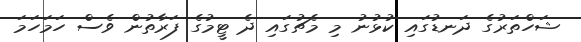
ޝަހްތަރުގެ ދަނޑުގައި ކުޅުނު މި މެޗުގައި ދެ ޓީމުގެ ފަރާތުން ވެސް ހަމަހަމަ